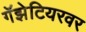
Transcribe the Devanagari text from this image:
गॅझेटियरवर